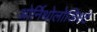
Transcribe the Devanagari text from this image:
ओर्निथोलोजिस्ट